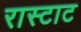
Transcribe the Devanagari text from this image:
रास्टाट